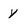
Character: y